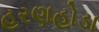
હરણહોડા